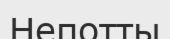
Непотты